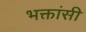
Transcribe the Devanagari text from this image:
भक्तांसी